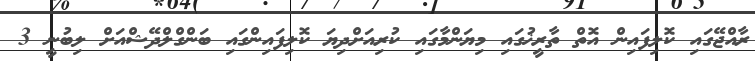
ރާއްޖޭގައި ކޮލިފައިން އޮތް ތާރީޚުގައި މިޔަންމާގައި ކުރިއަށްދިޔަ ކޮލިފައިންގައި ބަންގްލްދޭޝްއަށް ލިބުނީ 3